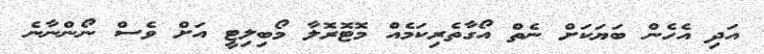
އަދި އެހެން ބަޔަކަށް ނެތް އޯގާތެރިކަމެއް މޮޓޮރޮލާ މޯބިލިޓީ އަށް ވެސް ނޯންނާނެ